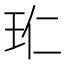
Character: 𭸹